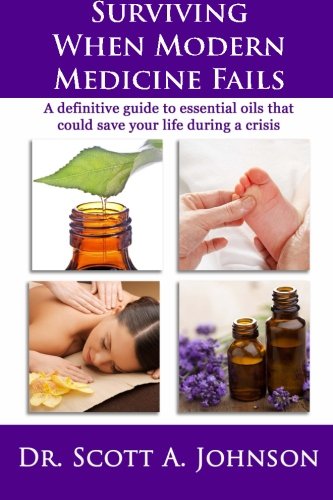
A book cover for Surviving When Modern Medicine Fails: A definitive guide to essential oils that could save your life during a crisis; Dr. Scott A Johnson; Health, Fitness & Dieting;